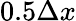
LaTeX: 0.5\Delta x